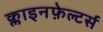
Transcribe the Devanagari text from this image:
क्लाइनफ़ेल्टर्स